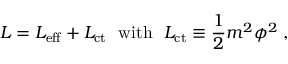
{ \cal L } = { \cal L } _ { \mathrm { e f f } } + { \cal L } _ { \mathrm { c t } } { \ \ \mathrm { w i t h \ \ } } { \cal L } _ { \mathrm { c t } } \equiv { \frac { 1 } { 2 } } m ^ { 2 } \phi ^ { 2 } \; ,